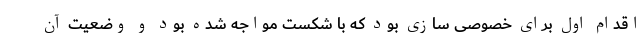
اقدام اول برای خصوصی سازی بود که با شکست مواجه شده بود و وضعیت آن